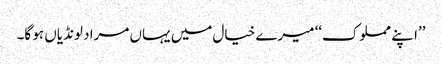
’’ا پنے مملوک‘‘ میرے خیال میں یہاں مراد لونڈیاں ہو گا۔